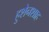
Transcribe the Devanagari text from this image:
हुशेनशाह